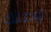
اوصلك